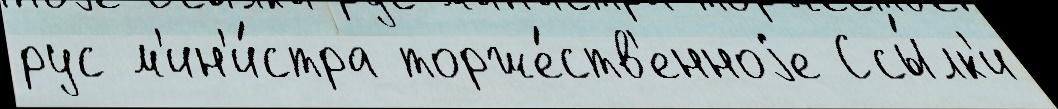
рус м'ин'и́стра торже́ств'енноjе Ссы́лк'и